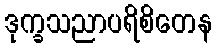
ဒုက္ခသညာပရိစိတေန